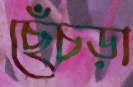
ছেঁচড়া